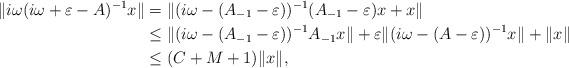
LaTeX: \begin{align*}\|i\omega(i\omega+\varepsilon-A)^{-1}x\|={}&\|(i\omega-(A_{-1}-\varepsilon))^{-1}(A_{-1}-\varepsilon)x+x\|\\\leq{}& \|(i\omega-(A_{-1}-\varepsilon))^{-1}A_{-1}x\| + \varepsilon\|(i\omega-(A-\varepsilon))^{-1}x\|+\|x\|\\\leq{}&(C+M+1)\|x\|,\end{align*}